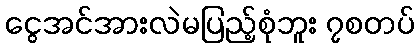
ငွေအင်အားလဲမပြည့်စုံဘူး ၇စတပ်